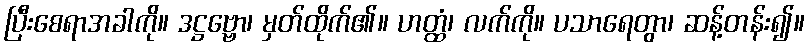
ပြီးစေရာအခါကို။ ဒဋ္ဌဗ္ဗော၊ မှတ်ထိုက်၏။ ဟတ္ထံ၊ လက်ကို။ ပသာရေတွာ၊ ဆန့်တန်း၍။